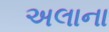
અલાના